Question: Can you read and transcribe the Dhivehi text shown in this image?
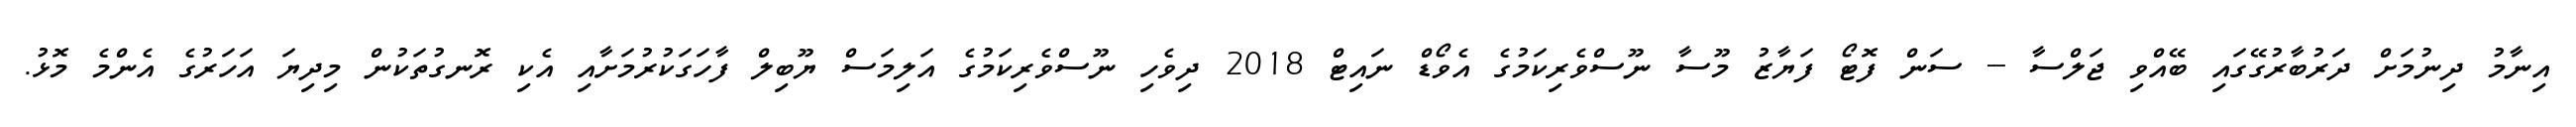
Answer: އިނާމު ދިނުމަށް ދަރުބާރުގޭގައި ބޭއްވި ޖަލްސާ -- ސަން ފޮޓޯ ފަޔާޒު މޫސާ ނޫސްވެރިކަމުގެ އެވޯޑް ނައިޓް 2018 ދިވެހި ނޫސްވެރިކަމުގެ އަލިމަސް ޔޫބިލް ފާހަގަކުރުމަށާއި އެކި ރޮނގުތަކުން މިދިޔަ އަހަރުގެ އެންމެ މޮޅު.